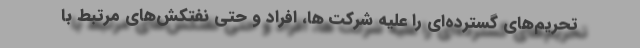
تحریم‌های گسترده‌ای را علیه شرکت ها، افراد و حتی نفتکش‌های مرتبط با